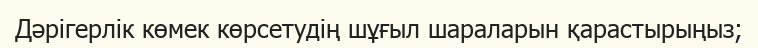
Дәрігерлік көмек көрсетудің шұғыл шараларын қарастырыңыз;